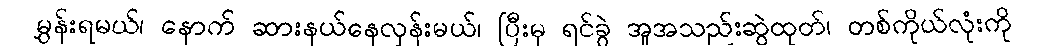
မွှန်းရမယ်၊ နောက် ဆားနယ်နေလှန်းမယ်၊ ပြီးမှ ရင်ခွဲ အူအသည်းဆွဲထုတ်၊ တစ်ကိုယ်လုံးကို